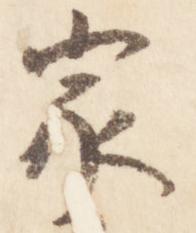
家